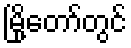
မြို့တော်တွင်